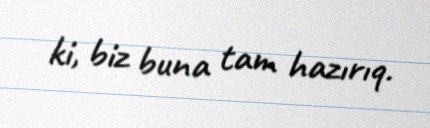
ki, biz buna tam hazırıq.